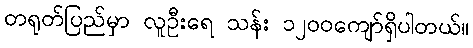
တရုတ်ပြည်မှာ လူဦးရေ သန်း ၁၂၀၀ကျော်ရှိပါတယ်။